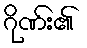
ဂိုဏ်း၏